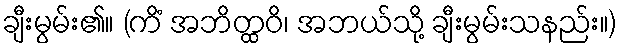
ချီးမွမ်း၏။ (ကိံ အဘိတ္ထဝိ၊ အဘယ်သို့ ချီးမွမ်းသနည်း။)